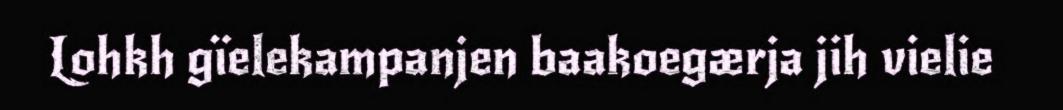
Lohkh gïelekampanjen baakoegærja jih vielie